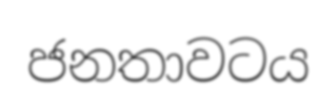
ජනතාවටය